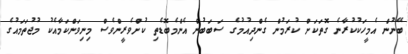
ބޭނުން އެމީހަކުކުރާނެ ގޮތަކަށް ކުރަމުން ގެންދިއުމުގެ ސަބަބުން އެންމެބޮޑެތި ކުށްވެރީންވެސް މިނިވަންކަމާއެކު މުޖުތަމައުގެ